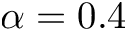
\alpha = 0 . 4